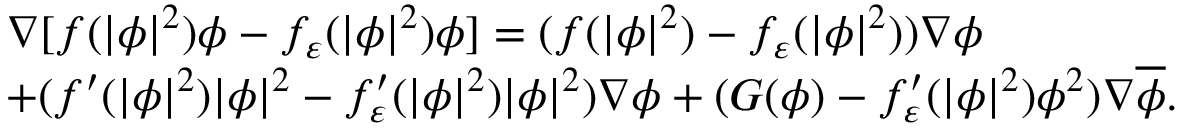
\begin{array} { r l } & { \nabla [ f ( | \phi | ^ { 2 } ) \phi - f _ { \varepsilon } ( | \phi | ^ { 2 } ) \phi ] = ( f ( | \phi | ^ { 2 } ) - f _ { \varepsilon } ( | \phi | ^ { 2 } ) ) \nabla \phi } \\ & { + ( f ^ { \prime } ( | \phi | ^ { 2 } ) | \phi | ^ { 2 } - f _ { \varepsilon } ^ { \prime } ( | \phi | ^ { 2 } ) | \phi | ^ { 2 } ) \nabla \phi + ( G ( \phi ) - f _ { \varepsilon } ^ { \prime } ( | \phi | ^ { 2 } ) \phi ^ { 2 } ) \nabla \overline { { \phi } } . } \end{array}